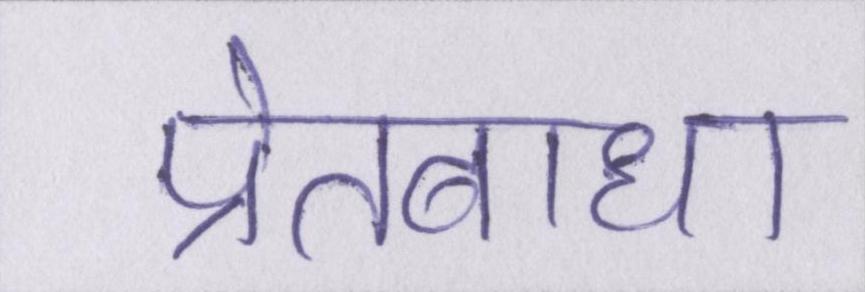
प्रेतबाधा